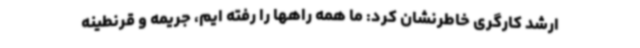
ارشد کارگری خاطرنشان کرد: ما همه راهها را رفته ایم، جریمه و قرنطینه